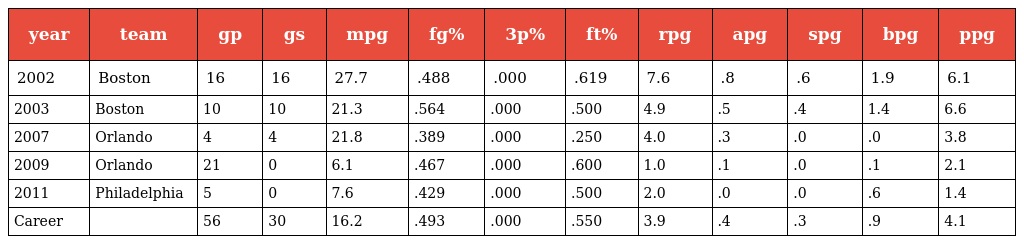
| year | team | gp | gs | mpg | fg% | 3p% | ft% | rpg | apg | spg | bpg | ppg |
 | --- | --- | --- | --- | --- | --- | --- | --- | --- | --- | --- | --- | --- |
 | 2002 | Boston | 16 | 16 | 27.7 | .488 | .000 | .619 | 7.6 | .8 | .6 | 1.9 | 6.1 |
 | 2003 | Boston | 10 | 10 | 21.3 | .564 | .000 | .500 | 4.9 | .5 | .4 | 1.4 | 6.6 |
 | 2007 | Orlando | 4 | 4 | 21.8 | .389 | .000 | .250 | 4.0 | .3 | .0 | .0 | 3.8 |
 | 2009 | Orlando | 21 | 0 | 6.1 | .467 | .000 | .600 | 1.0 | .1 | .0 | .1 | 2.1 |
 | 2011 | Philadelphia | 5 | 0 | 7.6 | .429 | .000 | .500 | 2.0 | .0 | .0 | .6 | 1.4 |
 | Career |  | 56 | 30 | 16.2 | .493 | .000 | .550 | 3.9 | .4 | .3 | .9 | 4.1 |